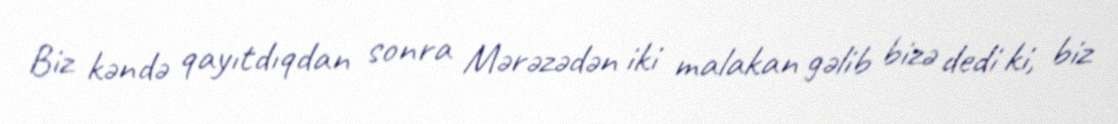
Biz kəndə qayıtdıqdan sonra Mərəzədən iki malakan gəlib bizə dedi ki, biz